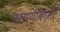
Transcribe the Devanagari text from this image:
करण्याकामी